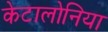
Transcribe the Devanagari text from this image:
केटालोनिया